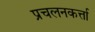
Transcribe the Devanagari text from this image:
प्रचलनकर्त्ता